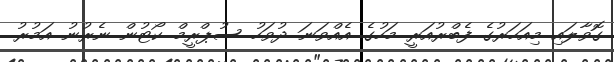
ގޮވާލައި މިއަހަރުގެ ފެބްރުއަރީ މަހުގެ އެއްވަނަ ދުވަހު ސުޕްރީމް ކޯޓުން ނެރުނު އަމުރު